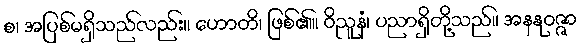
စ၊ အပြစ်မရှိသည်လည်း။ ဟောတိ၊ ဖြစ်၏။ ဝိညူနံ၊ ပညာရှိတို့သည်။ အနနုဝဇ္ဇာ